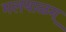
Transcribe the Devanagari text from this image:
मलयाळम्